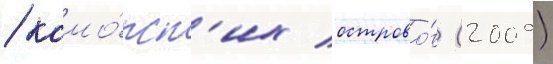
/ комо́рск'их острово́в (2009)